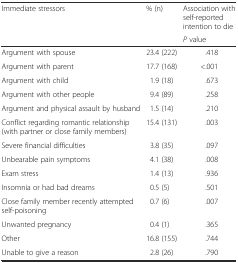
<table><thead><tr><td rowspan="2"><b>Immediate stressors</b></td><td rowspan="2"><b>% (n)</b></td><td><b>Association with self-reported intention to die</b></td></tr><tr><td><b><i>P</i> value</b></td></tr></thead><tbody><tr><td>Argument with spouse</td><td>23.4 (222)</td><td>.418</td></tr><tr><td>Argument with parent</td><td>17.7 (168)</td><td>&lt;.001</td></tr><tr><td>Argument with child</td><td>1.9 (18)</td><td>.673</td></tr><tr><td>Argument with other people</td><td>9.4 (89)</td><td>.258</td></tr><tr><td>Argument and physical assault by husband</td><td>1.5 (14)</td><td>.210</td></tr><tr><td>Conflict regarding romantic relationship (with partner or close family members)</td><td>15.4 (131)</td><td>.003</td></tr><tr><td>Severe financial difficulties</td><td>3.8 (35)</td><td>.097</td></tr><tr><td>Unbearable pain symptoms</td><td>4.1 (38)</td><td>.008</td></tr><tr><td>Exam stress</td><td>1.4 (13)</td><td>.936</td></tr><tr><td>Insomnia or had bad dreams</td><td>0.5 (5)</td><td>.501</td></tr><tr><td>Close family member recently attempted self-poisoning</td><td>0.7 (6)</td><td>.007</td></tr><tr><td>Unwanted pregnancy</td><td>0.4 (1)</td><td>.365</td></tr><tr><td>Other</td><td>16.8 (155)</td><td>.744</td></tr><tr><td>Unable to give a reason</td><td>2.8 (26)</td><td>.790</td></tr></tbody></table>